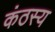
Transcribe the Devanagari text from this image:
कंठस्य